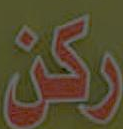
ركن